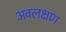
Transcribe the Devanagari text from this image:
अवलक्षण